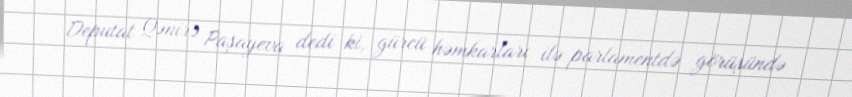
Deputat Qənirə Paşayeva dedi ki, gürcü həmkarları ilə parlamentdə görüşündə